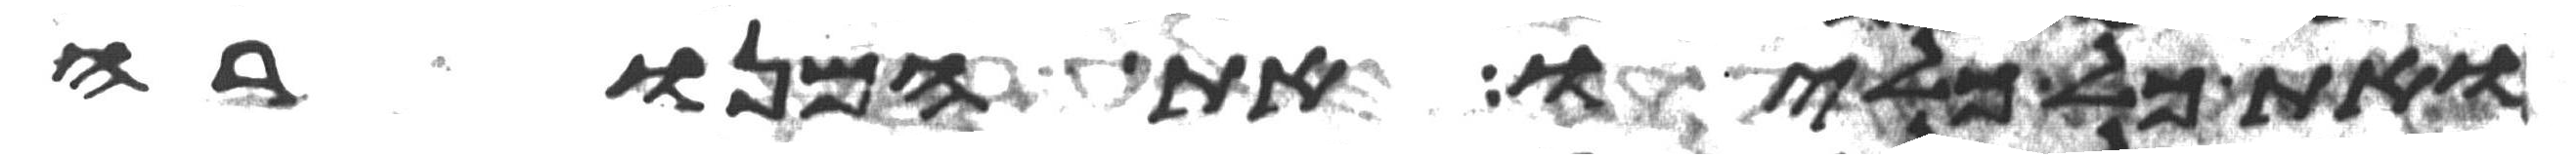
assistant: ואת כל כליו את המנורה